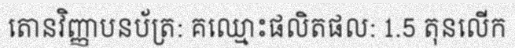
តោនវិញ្ញាបនប័ត្រ: គឈ្មោះផលិតផល: 1.5 តុនលើក